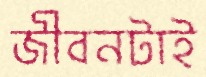
জীবনটাই